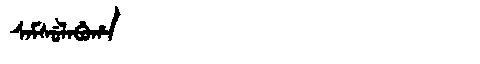
Manchu: ᠰᠠᠮᠰᡠᠯᠠᠪᡠᡥᠠ
Romanization: SAMSULABUHA